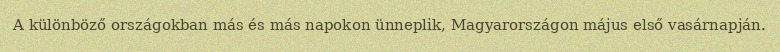
A különböző országokban más és más napokon ünneplik, Magyarországon május első vasárnapján.